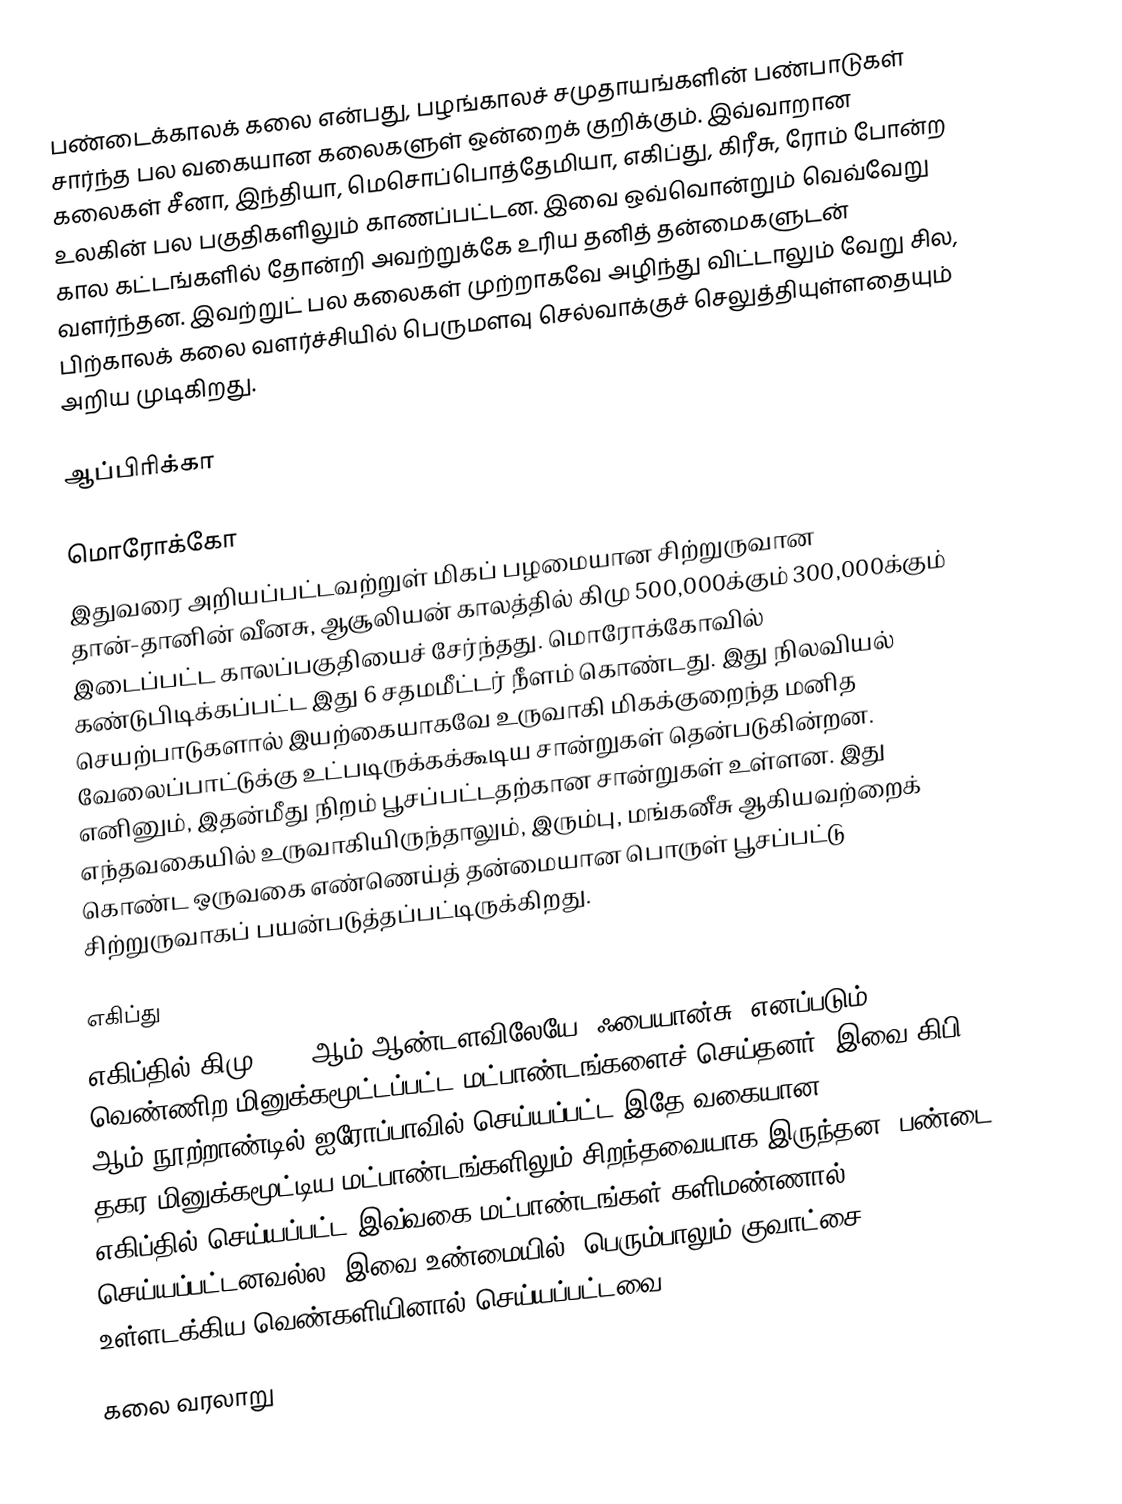
பண்டைக்காலக் கலை என்பது, பழங்காலச் சமுதாயங்களின் பண்பாடுகள் சார்ந்த பல வகையான கலைகளுள் ஒன்றைக் குறிக்கும். இவ்வாறான கலைகள் சீனா, இந்தியா, மெசொப்பொத்தேமியா, எகிப்து, கிரீசு, ரோம் போன்ற உலகின் பல பகுதிகளிலும் காணப்பட்டன. இவை ஒவ்வொன்றும் வெவ்வேறு கால கட்டங்களில் தோன்றி அவற்றுக்கே உரிய தனித் தன்மைகளுடன் வளர்ந்தன. இவற்றுட் பல கலைகள் முற்றாகவே அழிந்து விட்டாலும் வேறு சில, பிற்காலக் கலை வளர்ச்சியில் பெருமளவு செல்வாக்குச் செலுத்தியுள்ளதையும் அறிய முடிகிறது.

ஆப்பிரிக்கா

மொரோக்கோ
இதுவரை அறியப்பட்டவற்றுள் மிகப் பழமையான சிற்றுருவான தான்-தானின் வீனசு, ஆசூலியன் காலத்தில் கிமு 500,000க்கும் 300,000க்கும் இடைப்பட்ட காலப்பகுதியைச் சேர்ந்தது. மொரோக்கோவில் கண்டுபிடிக்கப்பட்ட இது 6 சதமமீட்டர் நீளம் கொண்டது. இது நிலவியல் செயற்பாடுகளால் இயற்கையாகவே உருவாகி மிகக்குறைந்த மனித வேலைப்பாட்டுக்கு உட்படிருக்கக்கூடிய சான்றுகள் தென்படுகின்றன. எனினும், இதன்மீது நிறம் பூசப்பட்டதற்கான சான்றுகள் உள்ளன. இது எந்தவகையில் உருவாகியிருந்தாலும், இரும்பு, மங்கனீசு ஆகியவற்றைக் கொண்ட ஒருவகை எண்ணெய்த் தன்மையான பொருள் பூசப்பட்டு சிற்றுருவாகப் பயன்படுத்தப்பட்டிருக்கிறது.

எகிப்து
எகிப்தில் கிமு 3500 ஆம் ஆண்டளவிலேயே "ஃபையான்சு" எனப்படும் வெண்ணிற மினுக்கமூட்டப்பட்ட மட்பாண்டங்களைச் செய்தனர். இவை கிபி 15 ஆம் நூற்றாண்டில் ஐரோப்பாவில் செய்யப்பட்ட இதே வகையான தகர-மினுக்கமூட்டிய மட்பாண்டங்களிலும் சிறந்தவையாக இருந்தன. பண்டை எகிப்தில் செய்யப்பட்ட இவ்வகை மட்பாண்டங்கள் களிமண்ணால் செய்யப்பட்டனவல்ல. இவை உண்மையில், பெரும்பாலும் குவாட்சை உள்ளடக்கிய வெண்களியினால் செய்யப்பட்டவை.

கலை வரலாறு